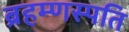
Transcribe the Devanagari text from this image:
ब्रहम्णस्पति